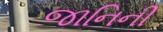
જાનિની